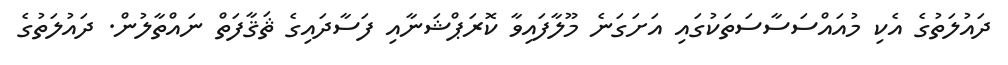
ދައުލަތުގެ އެކި މުއައްސަސާސަތަކުގައި އަށަގަނެ މޫލާފައިވާ ކޮރަޕްޝަނާއި ފަސާދައިގެ ޘަޤާފަތް ނައްތާލުން. ދައުލަތުގެ